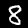
Label: 8